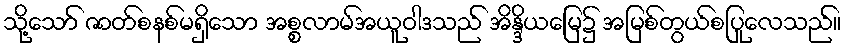
သို့သော် ဇာတ်စနစ်မရှိသော အစ္စလာမ်အယူဝါဒသည် အိန္ဒိယမြေ၌ အမြစ်တွယ်စပြုလေသည်။